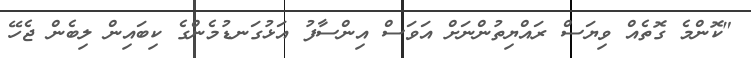
"ކޮންމެ ގޮތެއް ވިޔަސް ރައްޔިތުންނަށް އަވަސް އިންސާފު އަޅުގަނޑުމެންގެ ކިބައިން ލިބެން ޖެހޭ